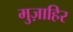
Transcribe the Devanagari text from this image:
मुज़ाहिर